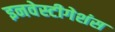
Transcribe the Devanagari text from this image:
इनवेस्टीगेशंस